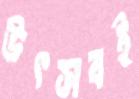
উৎসবই